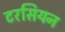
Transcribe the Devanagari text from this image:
टरसियन